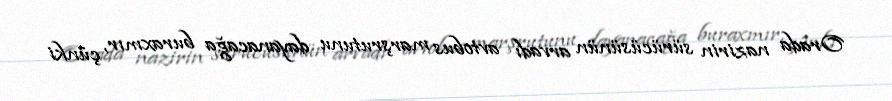
Orada nazirin sürücüsünün arvadı avtobus marşrutunu dayanacağa buraxmır, çünki